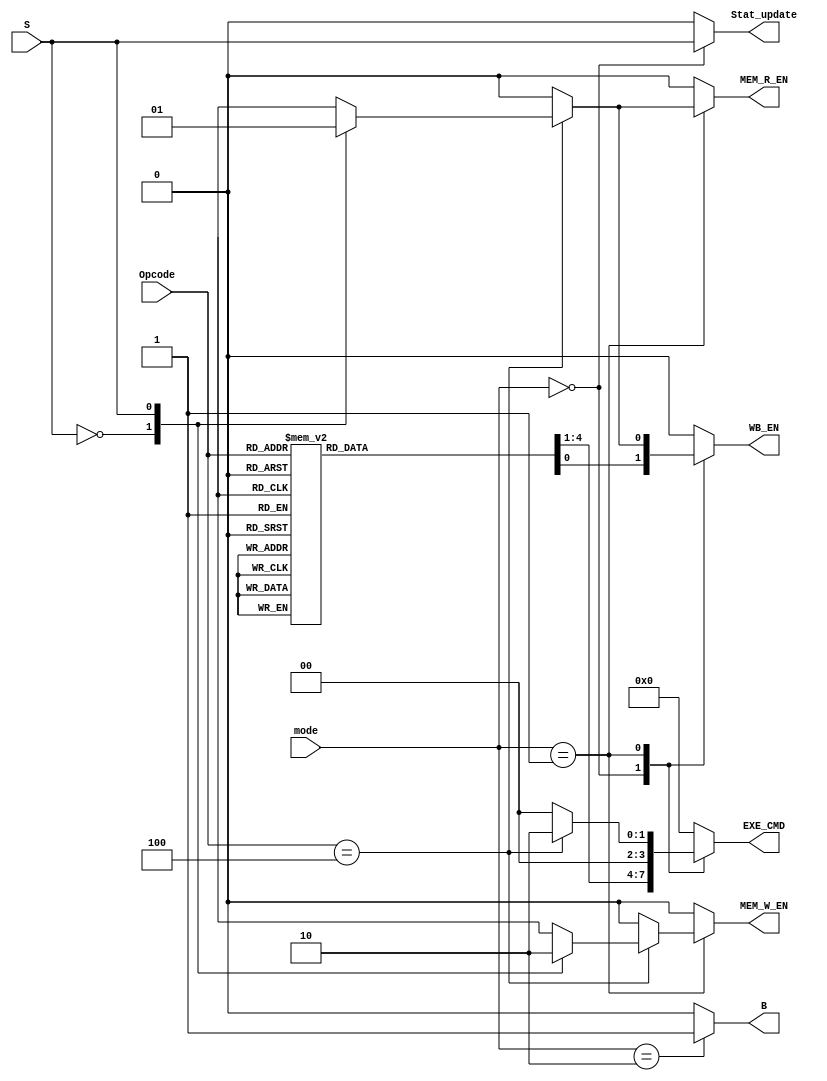
// AND 0
// EOR 1
// SUB 2
// ADD 4
// ADC 5
// SBC 6
// TST 8
// CMP 10
// ORR 12
// MOV 13
// MVN 15
// LDR 4
// STR 4

module ControlUnit(S, mode, Opcode, Stat_update, B, MEM_W_EN, MEM_R_EN, WB_EN, EXE_CMD);
  
  input [1:0] mode;
  input S;
  input [3:0] Opcode;
  
  output reg MEM_R_EN, MEM_W_EN, WB_EN, B, Stat_update;
  output reg [3:0] EXE_CMD;
  always@(mode, Opcode, S)begin
    {MEM_R_EN, MEM_W_EN, WB_EN, B, Stat_update, EXE_CMD} = 9'd0;
    case(mode)
      0: begin
        Stat_update = S;
        case(Opcode)
          0  : {EXE_CMD, WB_EN} = {4'b0110, 1'b1};
          1  : {EXE_CMD, WB_EN} = {4'b1000, 1'b1};
          2  : {EXE_CMD, WB_EN} = {4'b0100, 1'b1};
          4  : {EXE_CMD, WB_EN} = {4'b0010, 1'b1};
          5  : {EXE_CMD, WB_EN} = {4'b0011, 1'b1};
          6  : {EXE_CMD, WB_EN} = {4'b0101, 1'b1};
          8  : {EXE_CMD} = 4'b0110; 
          10 : {EXE_CMD} = 4'b0100; 
          12 : {EXE_CMD, WB_EN} = {4'b0111, 1'b1};
          13 : {EXE_CMD, WB_EN} = {4'b0001, 1'b1};
          15 : {EXE_CMD, WB_EN} = {4'b1001, 1'b1};
        endcase
      end
      1: begin
        Stat_update = 0;
        if (Opcode == 4'd4) begin
          case(S)
            0: {EXE_CMD, MEM_W_EN} = {4'b0010, 1'b1};
            1: {EXE_CMD, WB_EN, MEM_R_EN} = {4'b0010, 1'b1, 1'b1};
          endcase
        end
      end
      2: begin
        Stat_update = 0;
        B = 1;
      end
    endcase
  end
    
endmodule